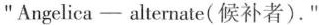
"Angelics - alternate(候补者).”